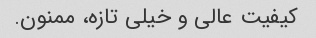
کیفیت عالی و خیلی تازه، ممنون.